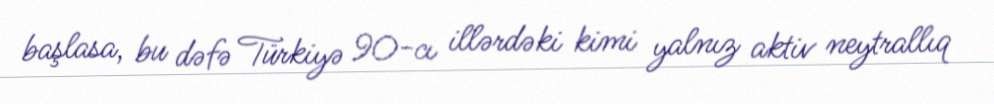
başlasa, bu dəfə Türkiyə 90-cı illərdəki kimi yalnız aktiv neytrallıq